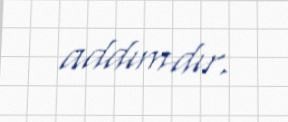
addımdır.